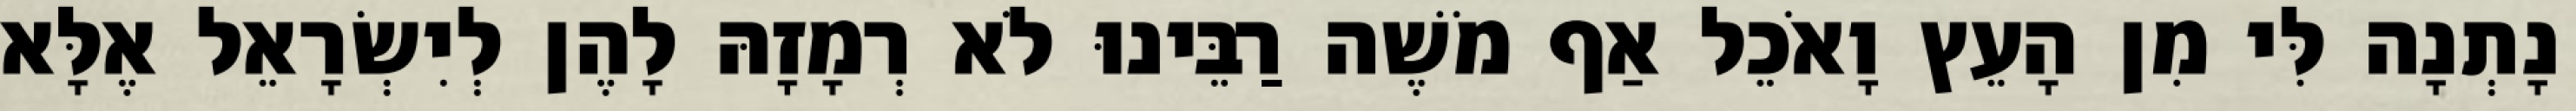
נָתְנָה לִּי מִן הָעֵץ וָאֹכֵל אַף מֹשֶׁה רַבֵּינוּ לֹא רְמָזָהּ לָהֶן לְיִשְׂרָאֵל אֶלָּא